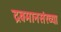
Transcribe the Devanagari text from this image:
द्रवमानसंख्या